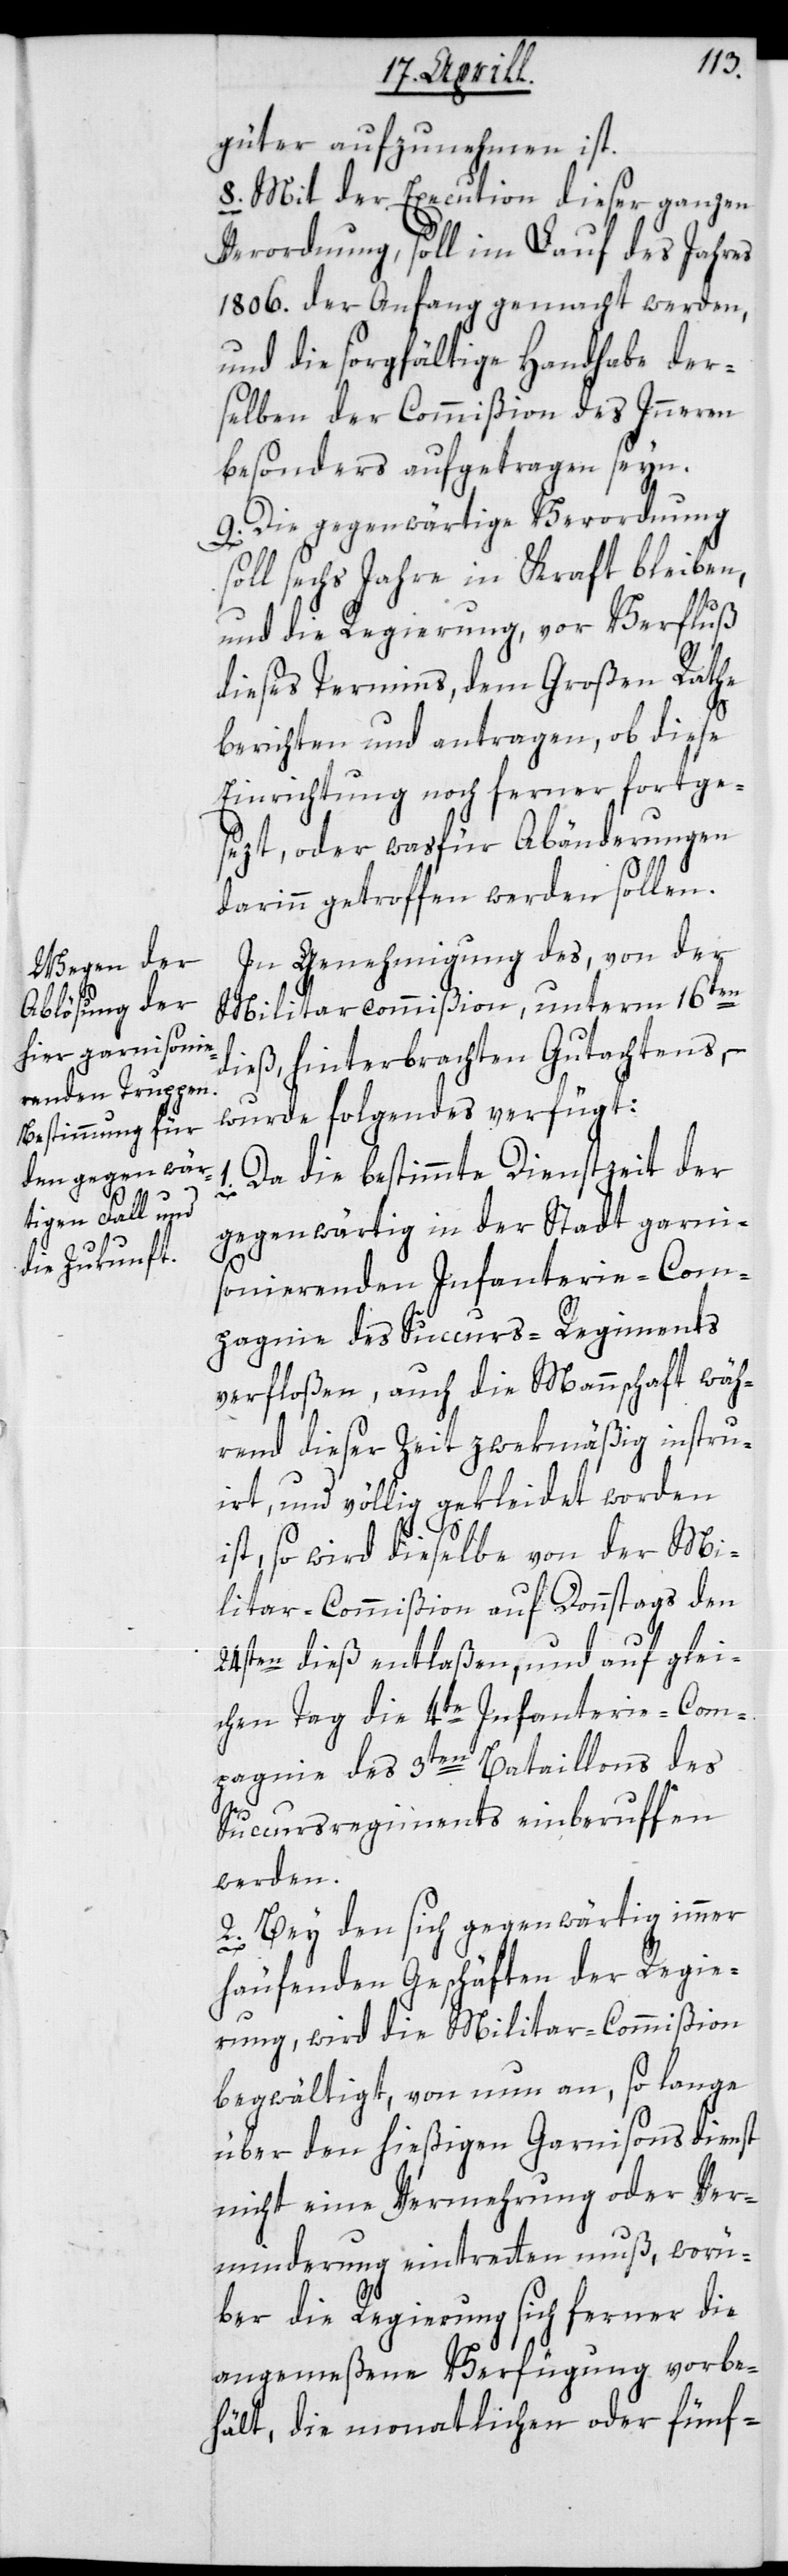
güter aufzunehmen ist.
8. Mit der Execution dieser ganzen
Verordnung, soll im Lauf des Jahres
1806. der Anfang gemacht werden,
und die sorgfältige Handhabe der¬
selben der Commißion des Innern
besonders aufgetragen seyn.
9. Die gegenwärtige Verordnung
soll sechs Jahre in Kraft bleiben,
und die Regierung, vor Verfluß
dieses Termins, dem Großen Rathe
berichten und antragen, ob diese
Einrichtung noch ferner fortge¬
sezt oder was für Abänderungen
darinn getroffen werden sollen.
In Genehmigung des, von der
Militarcommißion, unterm 16ten
dieß hinterbrachten Gutachtens, –
wurde folgendes verfügt:
1. Da die bestimmte Dienstzeit der
gegenwärtig in der Stadt garni¬
sonierenden Infanterie-Com¬
pagnie des Succurs-Regiments
verfloßen, auch die Mannschaft wäh¬
rend dieser Zeit zwekmäßig instru¬
iert, und völlig gekleidet worden
ist, so wird dieselbe von der Mi¬
litar-Commißion auf Donnstags den
24sten dieß entlaßen, und auf glei¬
chen Tag die 4te Infanterie-Com¬
pagnie des 3ten Bataillons des
Succursregiments einberuffen
werden.
2. Bey den sich gegenwärtig immer
häufenden Geschäften der Regie¬
rung, wird die Militar-Commißion
begwältigt, von nun an, so lange
über den hießigen Garnisonsdienst
nicht eine Vermehrung oder Ver¬
minderung eintreten muß, worü¬
ber die Regierung sich ferner die
angemeßene Verfügung vorbe¬
hält, die monatlichen oder fünf-